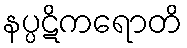
နပ္ပဋိကရောတိ